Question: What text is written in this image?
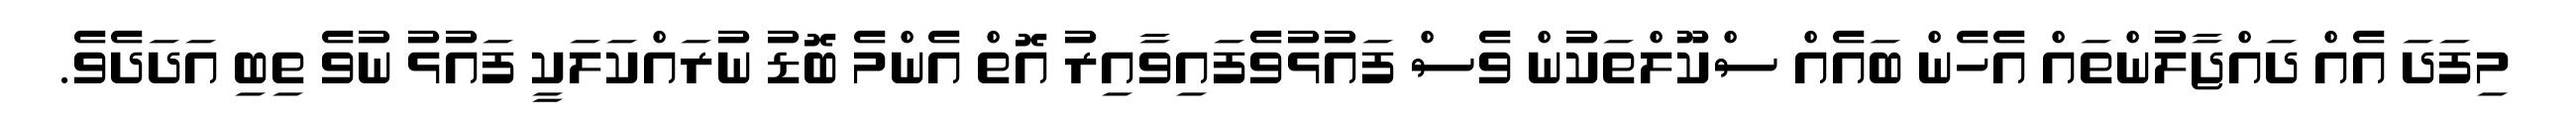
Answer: މިފަދަ އެއް ދައްޖާލުންތައް އެހެން ބައެއް ސްކޫލްތަކުން ވެސް ފައުޅުވެފައިވާއިރު އޮތް އެންމެ ބޮޑު ނުރައްކަލަކީ ފައުޅު ނުވެ ތިބި އަދަދެވެ.